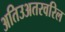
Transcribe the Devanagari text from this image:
अतिउअतरवरिल